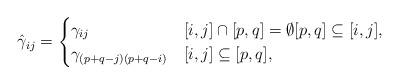
LaTeX: \begin{align*} \hat{\gamma}_{ij} =\begin{cases}\gamma_{ij} & [i,j]\cap [p,q] = \emptyset [p,q] \subseteq [i,j], \\\gamma_{(p+q-j)(p+q-i)} & [i,j] \subseteq [p,q],\end{cases}\end{align*}